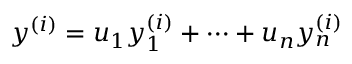
y ^ { ( i ) } = u _ { 1 } y _ { 1 } ^ { ( i ) } + \cdots + u _ { n } y _ { n } ^ { ( i ) }